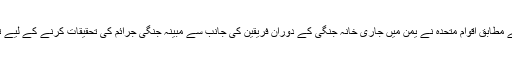
ہفتہ کو غیرملکی خبررساں ادارے کے مطابق اقوامِ متحدہ نے یمن میں جاری خانہ جنگی کے دوران فریقین کی جانب سے مبینہ جنگی جرائم کی تحقیقات کرنے کے لیے تفتیش کار بھجوانے کا فیصلہ کیا ہے۔